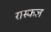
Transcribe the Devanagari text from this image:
रास्कल